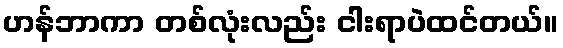
ဟန်ဘာကာ တစ်လုံးလည်း ငါးရာပဲထင်တယ်။